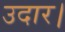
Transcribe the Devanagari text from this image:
उदार।